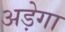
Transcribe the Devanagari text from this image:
अड़ेगा